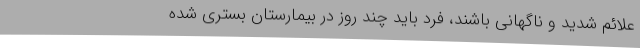
علائم شدید و ناگهانی باشند، فرد باید چند روز در بیمارستان بستری شده